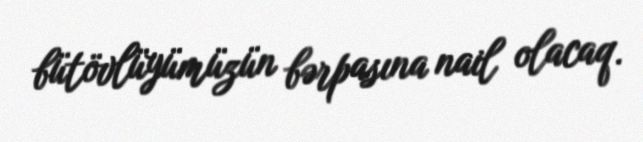
bütövlüyümüzün bərpasına nail olacaq.